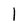
Character: I